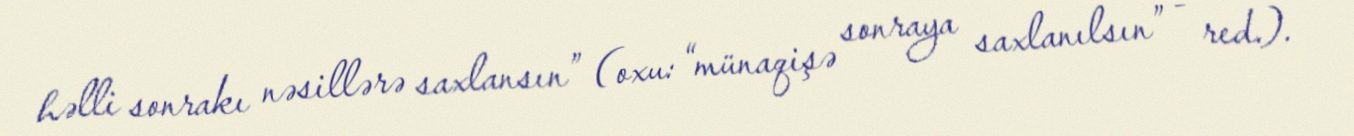
həlli sonrakı nəsillərə saxlansın” (oxu: “münaqişə sonraya saxlanılsın” - red.).